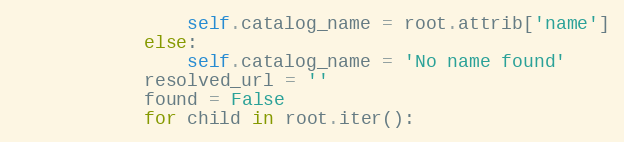
Language: Python
                self.catalog_name = root.attrib['name']
            else:
                self.catalog_name = 'No name found'
            resolved_url = ''
            found = False
            for child in root.iter():